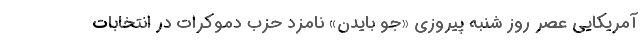
آمریکایی عصر روز شنبه پیروزی «جو بایدن» نامزد حزب دموکرات در انتخابات